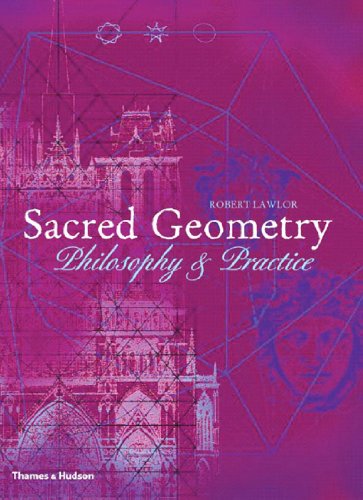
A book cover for Sacred Geometry: Philosophy & Practice (Art and Imagination); Robert Lawlor; Science & Math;